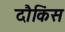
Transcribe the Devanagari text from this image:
दौकिंस